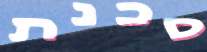
סכנת